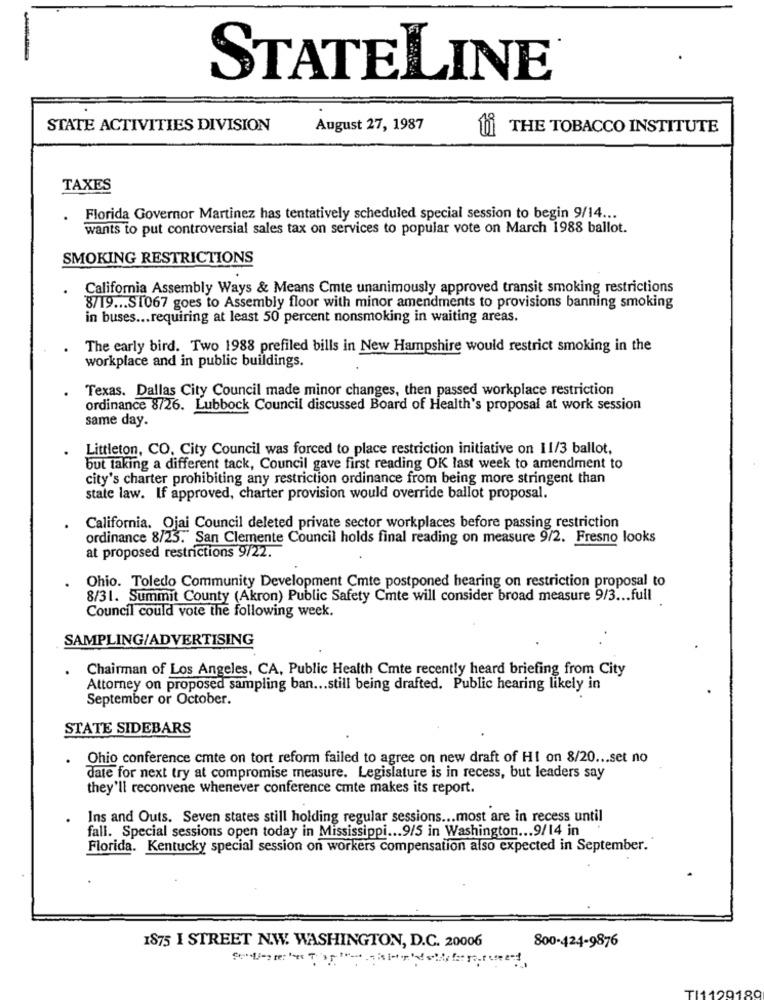
STATELINE
STATE ACTIVITIES DIVISION
August 27, 1987
ti THE TOBACCO INSTITUTE
TAXES
.
Florida Governor Martinez has tentatively scheduled special session to begin 9/14 ...
wants to put controversial sales tax on services to popular vote on March 1988 ballot.
SMOKING RESTRICTIONS
California Assembly Ways & Means Cmte unanimously approved transit smoking restrictions
8/19 ... ST067 goes to Assembly floor with minor amendments to provisions banning smoking
in buses ... requiring at least 50 percent nonsmoking in waiting areas.
The early bird. Two 1988 prefiled bills in New Hampshire would restrict smoking in the
workplace and in public buildings.
Texas. Dallas City Council made minor changes, then passed workplace restriction
ordinance 8/26. Lubbock Council discussed Board of Health's proposal at work session
same day.
Littleton, CO. City Council was forced to place restriction initiative on 11/3 ballot,
but taking a different tack, Council gave first reading OK last week to amendment to
city's charter prohibiting any restriction ordinance from being more stringent than
state law. If approved, charter provision would override ballot proposal.
California. Ojai Council deleted private sector workplaces before passing restriction
ordinance 8/25." San Clemente Council holds final reading on measure 9/2. Fresno looks
at proposed restrictions 9/22.
.
Ohio. Toledo Community Development Cmte postponed hearing on restriction proposal to
8/31. Summit County (Akron) Public Safety Cmte will consider broad measure 9/3 ... full
Council could vote the following week.
SAMPLING/ADVERTISING
Chairman of Los Angeles, CA, Public Health Cmte recently heard briefing from City
Attorney on proposed sampling ban ... still being drafted. Public hearing likely in
September or October.
STATE SIDEBARS
Ohio conference cmte on tort reform failed to agree on new draft of HI on 8/20 ... set no
date for next try at compromise measure. Legislature is in recess, but leaders say
they'll reconvene whenever conference cmte makes its report.
Ins and Outs. Seven states still holding regular sessions ... most are in recess until
fall. Special sessions open today in Mississippi ... 9/5 in Washington ... 9/14 in
Florida. Kentucky special session on workers compensation also expected in September."
1875 I STREET N.W. WASHINGTON, D.C. 20006
800-424-9876
TI